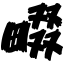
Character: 畷